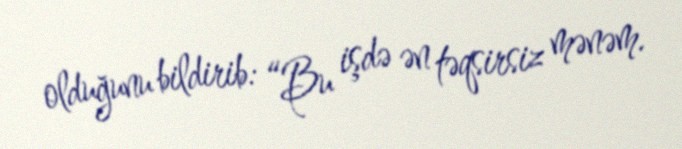
olduğunu bildirib: “Bu işdə ən təqsirsiz mənəm.